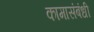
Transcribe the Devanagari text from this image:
कामासंबंधी